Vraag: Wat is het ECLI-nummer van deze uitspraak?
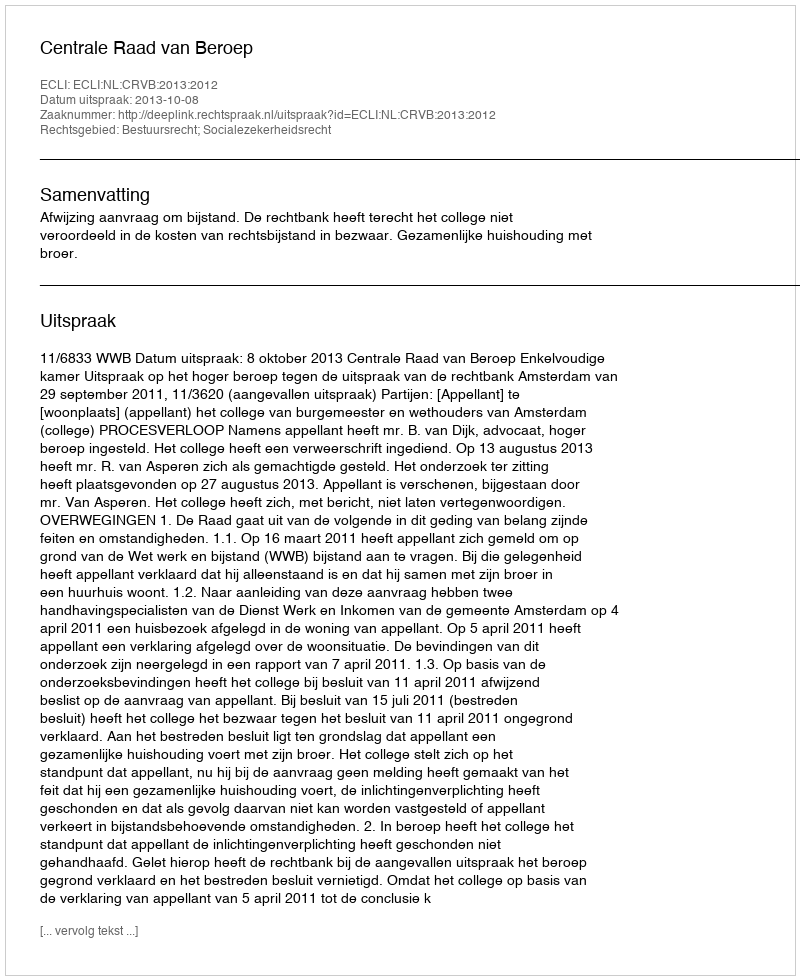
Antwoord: ECLI:NL:CRVB:2013:2012